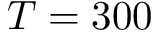
T = 3 0 0